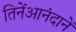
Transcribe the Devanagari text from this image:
तिनेंआनंदानें